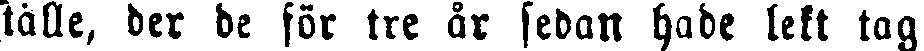
tälle, der de för tre år sedan hade lekt tag